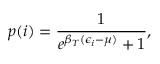
p ( i ) = \frac { 1 } { e ^ { \beta _ { T } ( \epsilon _ { i } - \mu ) } + 1 } ,